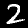
Label: 2